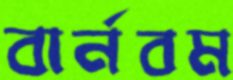
বার্নবম